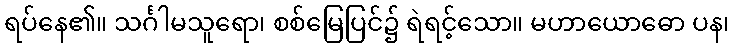
ရပ်နေ၏။ သင်္ဂါမသူရော၊ စစ်မြေပြင်၌ ရဲရင့်သော။ မဟာယောဓော ပန၊